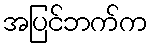
အပြင်ဘက်က